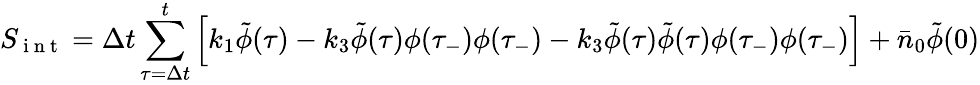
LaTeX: S_{\mathrm{~i~n~t~}}=\Delta t\sum_{\tau=\Delta t}^{t}\left[k_{1}\tilde{\phi}(\tau)-k_{3}\tilde{\phi}(\tau)\phi(\tau_{-})\phi(\tau_{-})-k_{3}\tilde{\phi}(\tau)\tilde{\phi}(\tau)\phi(\tau_{-})\phi(\tau_{-})\right]+\bar{n}_{0}\tilde{\phi}(0)